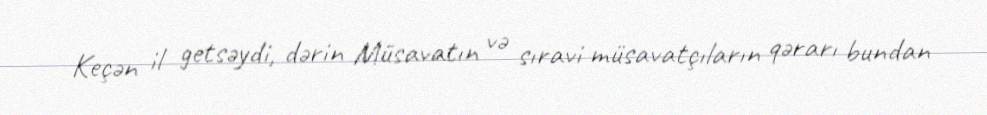
Keçən il getsəydi, dərin Müsavatın və sıravi müsavatçıların qərarı bundan